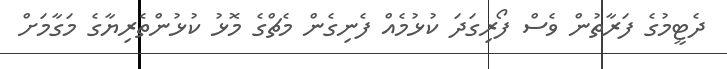
ދެޓީމުގެ ފަރާތުން ވެސް ފޯރިގަދަ ކުޅުމެއް ފެނިގެން މެޗްގެ މޮޅު ކުޅުންތެރިޔާގެ މަގާމަށް